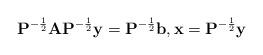
LaTeX: \begin{align*}\mathbf{P}^{-\frac{1}{2}} \mathbf{A} \mathbf{P}^{-\frac{1}{2}} \mathbf{y} = \mathbf{P}^{-\frac{1}{2}} \mathbf{b}, \mathbf{x} = \mathbf{P}^{-\frac{1}{2}} \mathbf{y}\end{align*}